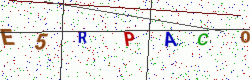
Text: E5RPACO